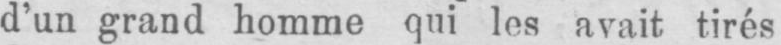
d’un grand homme qui les avait tirés